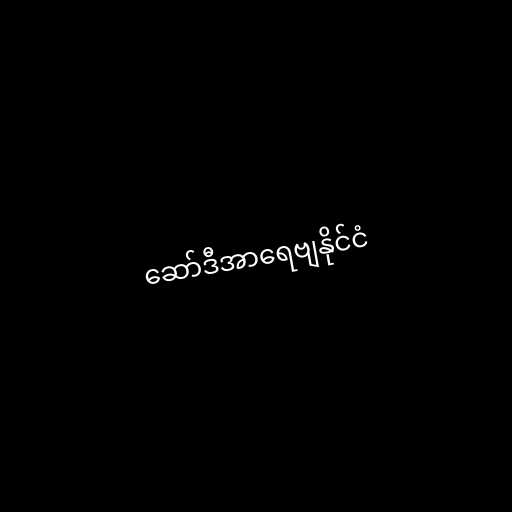
ဆော်ဒီအာရေဗျနိုင်ငံ